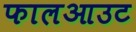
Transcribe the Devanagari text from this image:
फालआउट